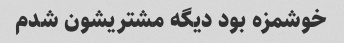
خوشمزه بود دیگه مشتریشون شدم